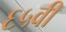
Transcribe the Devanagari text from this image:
६५वीं